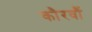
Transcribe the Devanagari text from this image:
कौरवौं